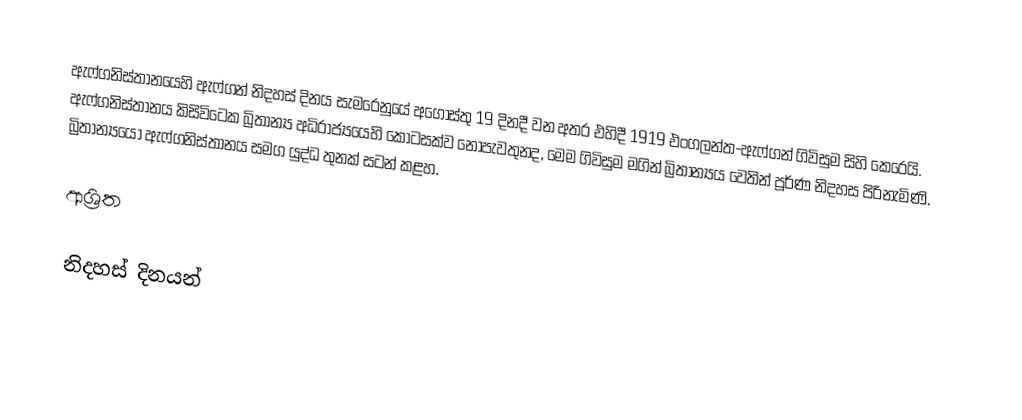
ඇෆ්ගනිස්තානයෙහි  ඇෆ්ගන් නිදහස් දිනය සැමරෙනුයේ අගෝස්තු 19 දිනදී වන අතර එහිදී 1919 එංගලන්ත-ඇෆ්ගන් ගිවිසුම සිහි කෙරෙයි.  ඇෆ්ගනිස්තානය කිසිවිටෙක බ්‍රිතාන්‍ය අධිරාජ්‍යයෙහි කොටසක්ව නොපැවතුනද, මෙම ගිවිසුම මගින් බ්‍රිතාන්‍යය වෙතින් පූර්ණ නිදහස පිරිනැමිණි. බ්‍රිතාන්‍යයෝ ඇෆ්ගනිස්තානය සමග යුද්ධ තුනක් සටන් කළහ.

ආශ්‍රිත

නිදහස් දිනයන්